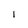
Character: 1